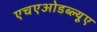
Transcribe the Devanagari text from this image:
एचएओडब्ल्यूए